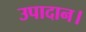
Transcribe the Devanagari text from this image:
उपादान।